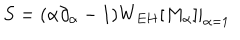
LaTeX: S = ( \alpha \partial _ { \alpha } - 1 ) W _ { E H } [ M _ { \alpha } ] | _ { \alpha = 1 } ~ ~